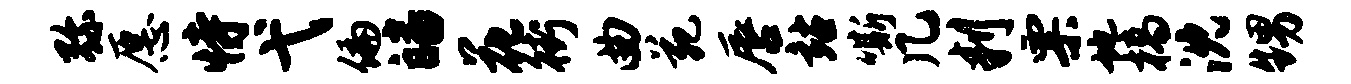
弥愿恃弋偏皤花街曲苑唇站嘶几判票地槁沈甥